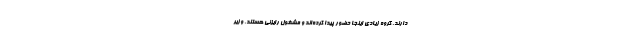
دارند. گروه زیادی اینجا حضور پیدا کرده‌اند و مشغول رایزنی هستند. وزیر